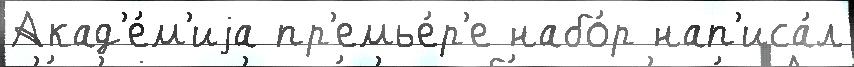
Акад'е́м'иjа пр'емье́р'е набо́р нап'иса́л